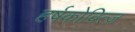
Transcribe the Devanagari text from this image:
हर्षकोवित्ज़